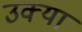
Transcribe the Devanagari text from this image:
उक्या